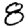
Digit: 8